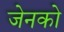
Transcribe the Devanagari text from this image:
जेनको